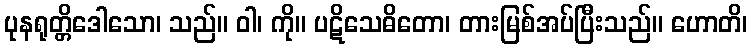
ပုနရုတ္တိဒေါသော၊ သည်။ ဝါ၊ ကို။ ပဋိသေဓိတော၊ တားမြစ်အပ်ပြီးသည်။ ဟောတိ၊